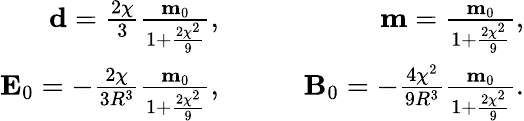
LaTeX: \begin{array}{rlr}{\mathbf{d}=\frac{2\chi}{3}\frac{\mathbf{m}_{0}}{1+\frac{2\chi^{2}}{9}},}&{\quad}&{\mathbf{m}=\frac{\mathbf{m}_{0}}{1+\frac{2\chi^{2}}{9}},}\\ {\mathbf{E}_{0}=-\frac{2\chi}{3R^{3}}\frac{\mathbf{m}_{0}}{1+\frac{2\chi^{2}}{9}},}&{\quad}&{\mathbf{B}_{0}=-\frac{4\chi^{2}}{9R^{3}}\frac{\mathbf{m}_{0}}{1+\frac{2\chi^{2}}{9}}.}\end{array}